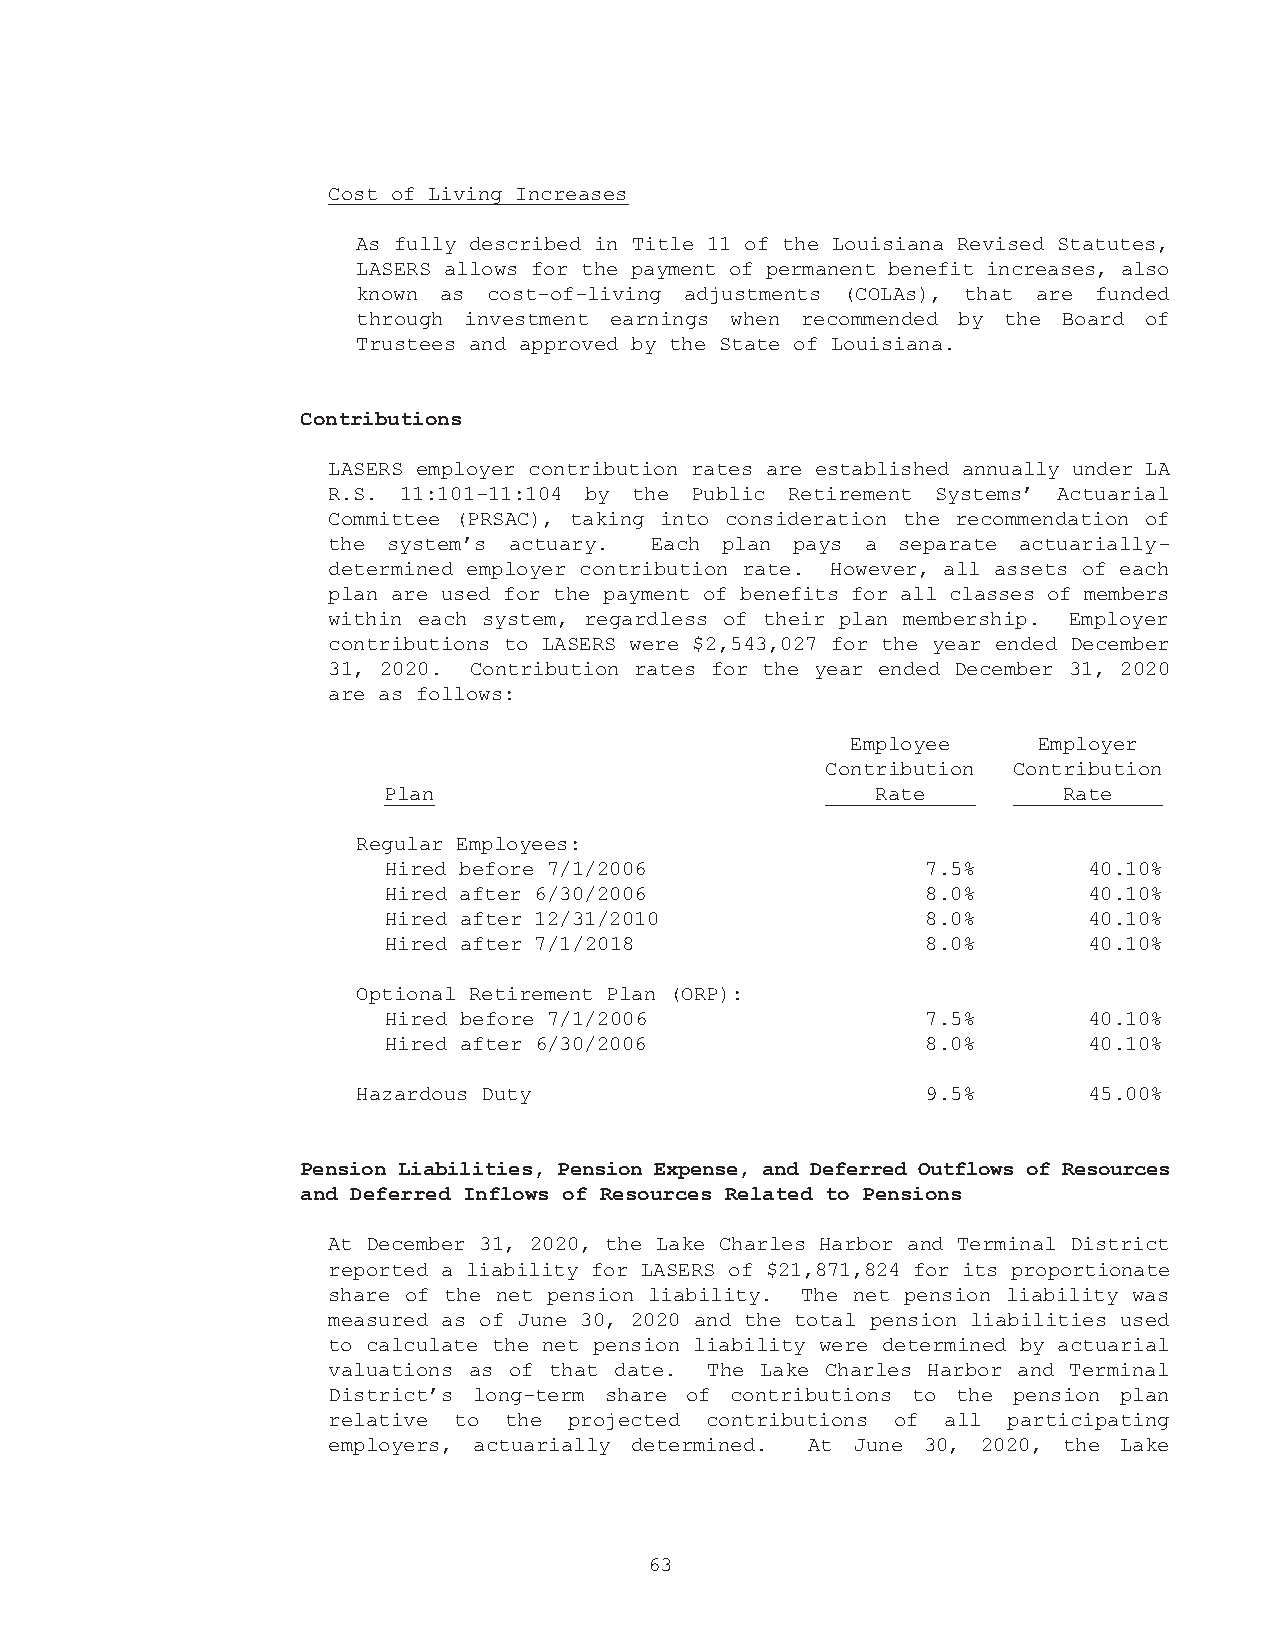
Cost of Living Increases
 As fully described in Title 11 of the Louisiana Revised Statutes,
 LASERS allows for the payment of permanent benefit increases, also
 known as cost-of-living adjustments (COLAs), that are funded
 through investment earnings when recommended by the Board of
 Trustees and approved by the State of Louisiana.
 Contributions
 LASERS employer contribution rates are established annually under LA
 R.S. 11:101-11:104 by the Public Retirement Systems’ Actuarial
 Committee (PRSAC), taking into consideration the recommendation of
 the system’s actuary. Each plan pays a separate actuarially-
 determined employer contribution rate. However, all assets of each
 plan are used for the payment of benefits for all classes of members
 within each system, regardless of their plan membership. Employer
 contributions to LASERS were $2,543,027 for the year ended December
 31, 2020. Contribution rates for the year ended December 31, 2020
 are as follows:
 Employee     Employer
 Contribution Contribution
 Plan                             Rate        Rate
 Regular Employees:
 Hired before 7/1/2006               7.5%       40.10%
 Hired after 6/30/2006               8.0%       40.10%
 Hired after 12/31/2010              8.0%       40.10%
 Hired after 7/1/2018                8.0%       40.10%
 Optional Retirement Plan (ORP):
 Hired before 7/1/2006               7.5%       40.10%
 Hired after 6/30/2006               8.0%       40.10%
 Hazardous Duty                       9.5%       45.00%
 Pension Liabilities, Pension Expense, and Deferred Outflows of Resources
 and Deferred Inflows of Resources Related to Pensions
 At December 31, 2020, the Lake Charles Harbor and Terminal District
 reported a liability for LASERS of $21,871,824 for its proportionate
 share of the net pension liability. The net pension liability was
 measured as of June 30, 2020 and the total pension liabilities used
 to calculate the net pension liability were determined by actuarial
 valuations as of that date. The Lake Charles Harbor and Terminal
 District’s long-term share of contributions to the pension plan
 relative to the projected contributions of all participating
 employers, actuarially determined. At June 30, 2020, the Lake
 63